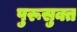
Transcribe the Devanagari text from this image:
पुरूसुक्त